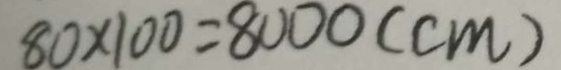
8 0 \times 1 0 0 = 8 0 0 0 ( c m )